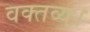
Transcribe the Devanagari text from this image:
वक्तव्य।